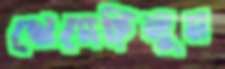
থেমেছিলুম